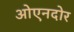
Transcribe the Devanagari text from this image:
ओएनदोर